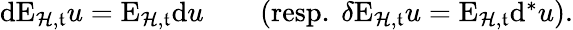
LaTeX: \begin{array}{r}{\mathrm{d}\mathrm{E}_{\mathcal{H},\mathfrak{t}}u=\mathrm{E}_{\mathcal{H},\mathfrak{t}}\mathrm{d}u\qquad\mathrm{(resp.~}\delta\mathrm{E}_{\mathcal{H},\mathfrak{t}}u=\mathrm{E}_{\mathcal{H},\mathfrak{t}}\mathrm{d}^{\ast}u\mathrm{).}}\end{array}